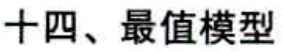
十四、最值模型